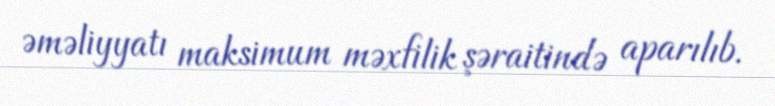
əməliyyatı maksimum məxfilik şəraitində aparılıb.